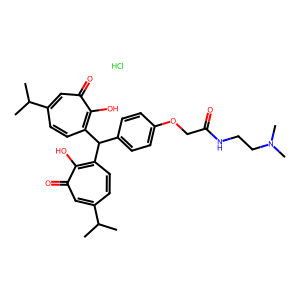
SMILES: CC(C)c1ccc(C(c2ccc(OCC(=O)NCCN(C)C)cc2)c2ccc(C(C)C)cc(=O)c2O)c(O)c(=O)c1.Cl
Inhibits HIV replication: No